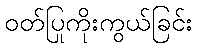
ဝတ်ပြုကိုးကွယ်ခြင်း